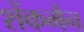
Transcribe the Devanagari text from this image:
शेंकमैन